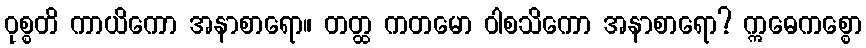
ဝုစ္စတိ ကာယိကော အနာစာရော။ တတ္ထ ကတမော ဝါစသိကော အနာစာရော? ဣဓေကစ္စော